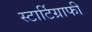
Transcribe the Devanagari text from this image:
स्टार्टिग्राफी